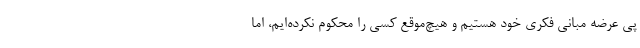
پی عرضه مبانی فکری خود هستیم و هیچ‌موقع کسی را محکوم نکرده‌ایم، اما